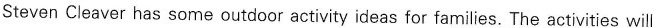
Steven Cleaver has some outdoor activity ideas for families. The activities will